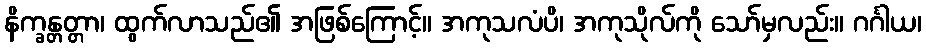
နိက္ခန္တတ္တာ၊ ထွက်လာသည်၏ အဖြစ်ကြောင့်။ အကုသလံပိ၊ အကုသိုလ်ကို သော်မှလည်း။ ဂင်္ဂါယ၊